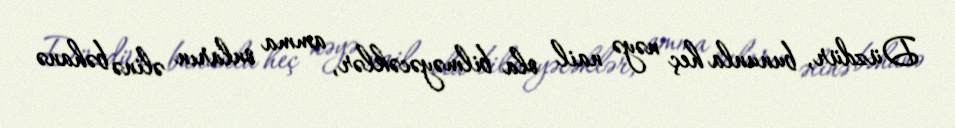
Düzdür, bununla heç nəyə nail ola bilməyəcəklər, amma onların əlinə bəhanə